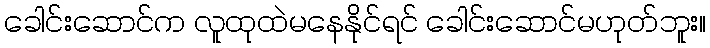
ခေါင်းဆောင်က လူထုထဲမနေနိုင်ရင် ခေါင်းဆောင်မဟုတ်ဘူး။